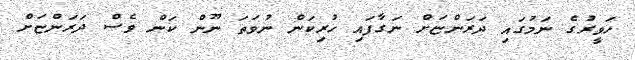
ހަވީރުގެ ނަމުގައި ދަރަންޏަށް ނަގާފައި ހުރިކަން ނުވަތަ ނޫން ކަން ވެސް ދަރަންޏަށް